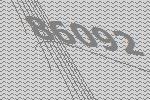
86092